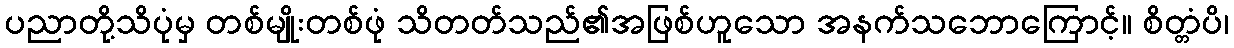
ပညာတို့သိပုံမှ တစ်မျိုးတစ်ဖုံ သိတတ်သည်၏အဖြစ်ဟူသော အနက်သဘောကြောင့်။ စိတ္တံပိ၊